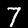
Digit: 7